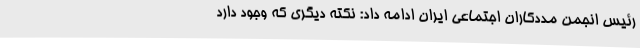
رئیس انجمن مددکاران اجتماعی ایران ادامه داد: نکته دیگری که وجود دارد